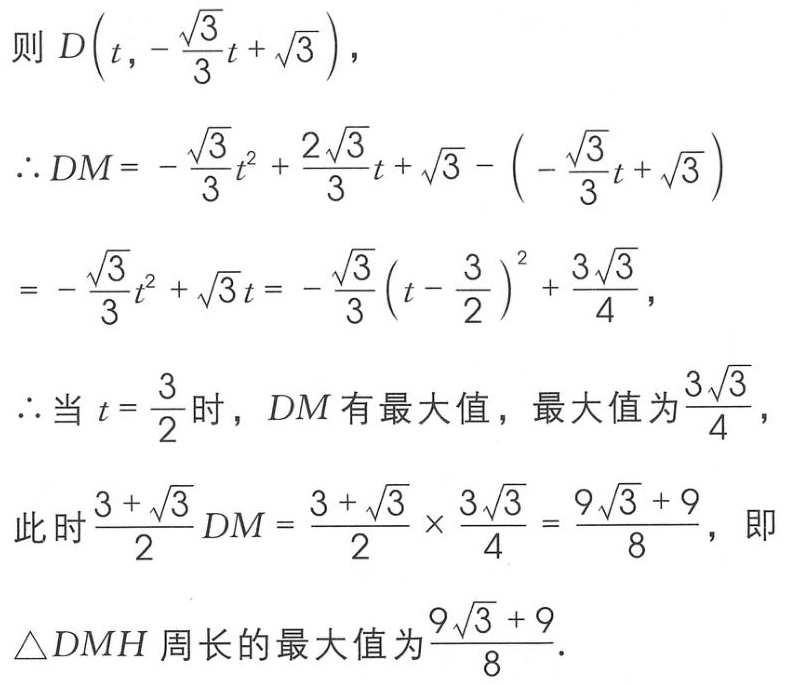
则 \(D\left(t,-\frac{\sqrt{3}}{3}t + \sqrt{3}\right)\)，
\(\therefore DM = -\frac{\sqrt{3}}{3}t^{2}+\frac{2\sqrt{3}}{3}t+\sqrt{3}-\left(-\frac{\sqrt{3}}{3}t+\sqrt{3}\right)\)
\(= -\frac{\sqrt{3}}{3}t^{2}+\sqrt{3}t = -\frac{\sqrt{3}}{3}\left(t - \frac{3}{2}\right)^{2}+\frac{3\sqrt{3}}{4}\)，
\(\therefore\)当 \(t = \frac{3}{2}\) 时，\(DM\) 有最大值，最大值为 \(\frac{3\sqrt{3}}{4}\)，
此时 \(\frac{3 + \sqrt{3}}{2}DM=\frac{3 + \sqrt{3}}{2}\times\frac{3\sqrt{3}}{4}=\frac{9\sqrt{3}+9}{8}\)，即
\(\triangle DMH\) 周长的最大值为 \(\frac{9\sqrt{3}+9}{8}\)．